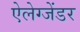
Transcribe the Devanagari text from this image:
ऐलेग्जेंडर